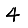
Digit: 4